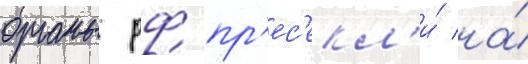
органы рф пр'ес'екл'и́ на́